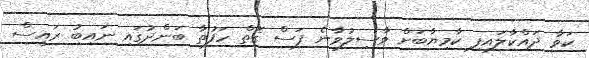
ކަވާ ދައްކާލައިފި ކާމިޔާބަށް ވާސިލުވާނެ ފަސް ގޮތް ހަފުތާ ބަންދުގައި ނައިބު ރައީސް